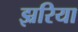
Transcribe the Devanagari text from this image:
झ्ररिया